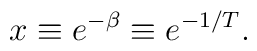
x\equiv e^{-\beta }\equiv e^{-1/T}.